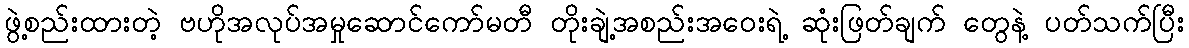
ဖွဲ့စည်းထားတဲ့ ဗဟိုအလုပ်အမှုဆောင်ကော်မတီ တိုးချဲ့အစည်းအဝေးရဲ့ ဆုံးဖြတ်ချက် တွေနဲ့ ပတ်သက်ပြီး